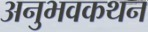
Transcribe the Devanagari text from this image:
अनुभवकथन